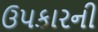
ઉપકારની